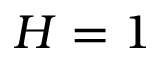
H = 1